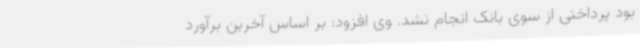
بود پرداختی از سوی بانک انجام نشد. وی افزود: بر اساس آخرین برآورد